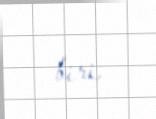
biri.